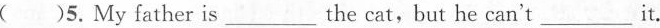
( )5.My father is___the cat,but he can't___it.